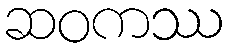
ဆဝကဿ